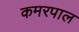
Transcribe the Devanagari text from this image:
कमरपाल